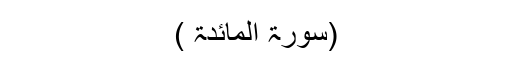
(سورۃ المائدۃ )